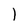
Character: l